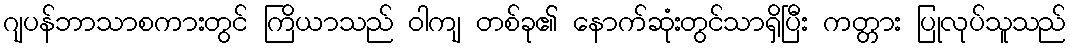
ဂျပန်ဘာသာစကားတွင် ကြိယာသည် ဝါကျ တစ်ခု၏ နောက်ဆုံးတွင်သာရှိပြီး ကတ္တား ပြုလုပ်သူသည်